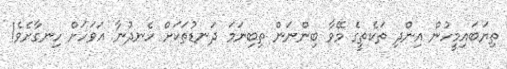
ތިޔަބައިމީހުން އިންދި ތަކެތީގެ މޭވާ ބިންނަން ތިބިނަމަ ދަނޑުތަކަށް ހެނދުނާ އަވަހަށް ހިނގާށެވެ!